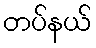
တပ်နယ်